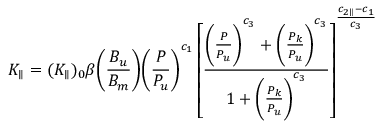
K _ { \parallel } = ( K _ { \parallel } ) _ { 0 } \beta \Bigg ( \frac { B _ { u } } { B _ { m } } \Bigg ) \Bigg ( \frac { P } { P _ { u } } \Bigg ) ^ { c _ { 1 } } \left[ \frac { \Bigg ( \frac { P } { P _ { u } } \Bigg ) ^ { c _ { 3 } } + \Bigg ( \frac { P _ { k } } { P _ { u } } \Bigg ) ^ { c _ { 3 } } } { 1 + \Bigg ( \frac { P _ { k } } { P _ { u } } \Bigg ) ^ { c _ { 3 } } } \right] ^ { \frac { c _ { 2 \parallel } - c _ { 1 } } { c _ { 3 } } }